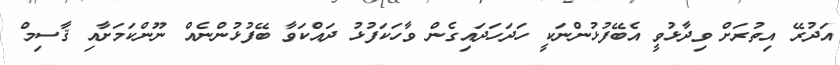
އަދުރޭ އިތުރަށް ވިދާޅުވީ އެބޭފުޅުންނަކީ ހަދަހަދައިގެން ވާހަކަފުޅު ދައްކަވާ ބޭފުޅުންނެއް ނޫންކަމަށާއި ޤާސިމް